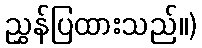
ညွှန်ပြထားသည်။)